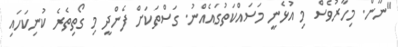
"ނޫން. މިހާރުވެސް މި އުޅެނީ މަސައްކަތުގައެއްނު. ގަސްތަކަށް ފެންދީ މި ގޯތިތެރެ ކުނިކަހައި